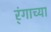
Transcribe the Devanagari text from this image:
र्ंगाच्या